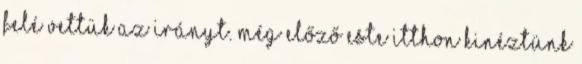
felé vettük az irányt. Még előző este itthon kinéztünk